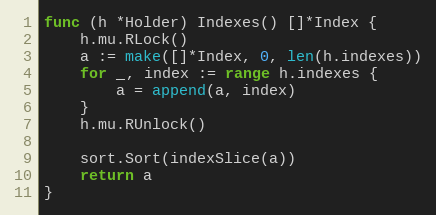
Language: Go
func (h *Holder) Indexes() []*Index {
	h.mu.RLock()
	a := make([]*Index, 0, len(h.indexes))
	for _, index := range h.indexes {
		a = append(a, index)
	}
	h.mu.RUnlock()

	sort.Sort(indexSlice(a))
	return a
}